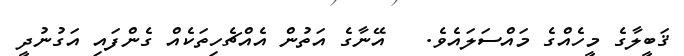
ޤަބީލާގެ މީހެއްގެ މައްސަލައެވެ.   އޭނާގެ އަތުން އެއްޗެހިތަކެއް ގެންފައި އަގުނުދީ